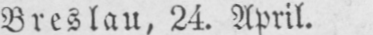
Breslau, 24. April.